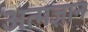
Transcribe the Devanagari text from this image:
अत्मज्ञान